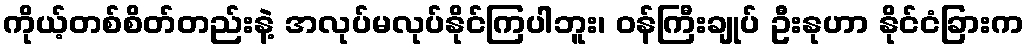
ကိုယ့်တစ်စိတ်တည်းနဲ့ အလုပ်မလုပ်နိုင်ကြပါဘူး၊ ဝန်ကြီးချုပ် ဦးနုဟာ နိုင်ငံခြားက